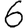
Digit: 6